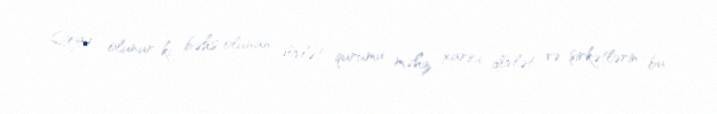
Qeyd olunur ki, bəhs olunan dövlət qurumu məhz xarici dövlət və şirkətlərin bu